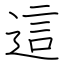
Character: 這